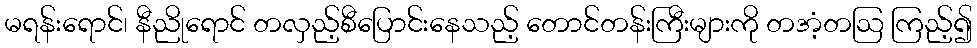
မရန်းရောင်၊ နီညိုရောင် တလှည့်စီပြောင်းနေသည့် တောင်တန်းကြီးများကို တအံ့တဩ ကြည့်၍